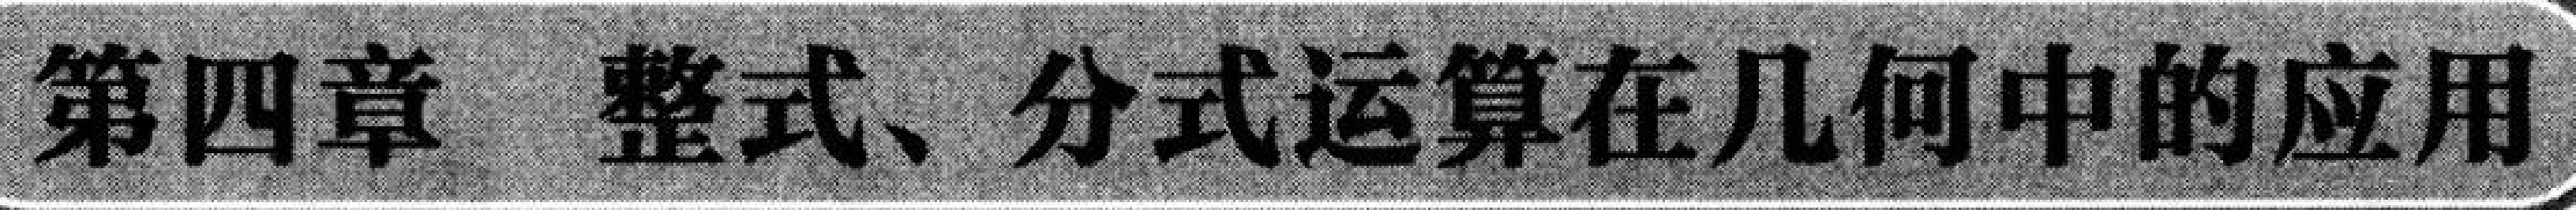
第四章 整式、分式运算在几何中的应用